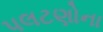
પલટણોના